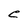
Character: C